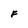
Character: F